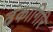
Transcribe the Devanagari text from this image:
ढंकागिरि